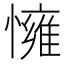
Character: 𢢓